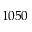
1 0 5 0